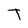
Character: T